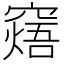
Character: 𥧸